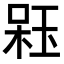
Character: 𣔣